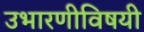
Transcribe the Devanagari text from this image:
उभारणीविषयी